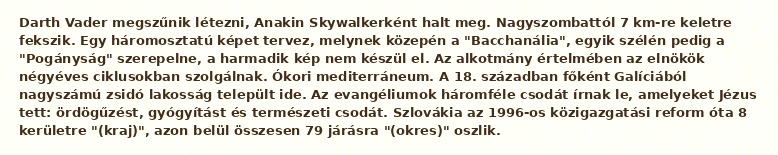
Darth Vader megszűnik létezni, Anakin Skywalkerként halt meg. Nagyszombattól 7 km-re keletre fekszik. Egy háromosztatú képet tervez, melynek közepén a "Bacchanália", egyik szélén pedig a "Pogányság" szerepelne, a harmadik kép nem készül el. Az alkotmány értelmében az elnökök négyéves ciklusokban szolgálnak. Ókori mediterráneum. A 18. században főként Galíciából nagyszámú zsidó lakosság települt ide. Az evangéliumok háromféle csodát írnak le, amelyeket Jézus tett: ördögűzést, gyógyítást és természeti csodát. Szlovákia az 1996-os közigazgatási reform óta 8 kerületre "(kraj)", azon belül összesen 79 járásra "(okres)" oszlik.